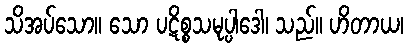
သိအပ်သော။ သော ပဋိစ္စသမုပ္ပါဒေါ၊ သည်။ ဟိတာယ၊